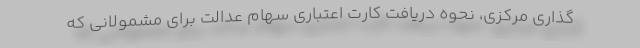
گذاری مرکزی، نحوه دریافت کارت اعتباری سهام عدالت برای مشمولانی که